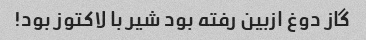
گاز دوغ ازبین رفته بود شیر با لاکتوز بود!